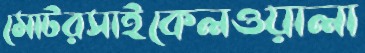
মোটরসাইকেলওয়ালা